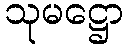
သုမဋ္ဌော